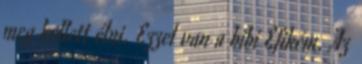
meg kellett élni. Ezzel van a bibi Efikém. Az